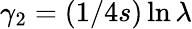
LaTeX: \gamma_{2}=(1/4s)\ln\lambda